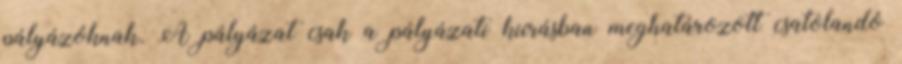
pályázóknak. A pályázat csak a pályázati kiírásban meghatározott csatolandó